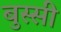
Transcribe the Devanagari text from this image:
बुस्सी